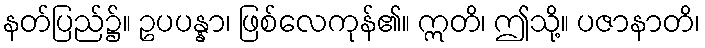
နတ်ပြည်၌။ ဥပပန္နာ၊ ဖြစ်လေကုန်၏။ ဣတိ၊ ဤသို့။ ပဇာနာတိ၊